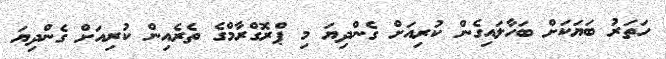
ހަތަރު ބަޔަކަށް ބަހާލައިގެން ކުރިއަށް ގެންދިޔަ މި ޕްރޮގްރާމްގެ ތެރެއިން ކުރިއަށް ގެންދިޔަ